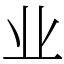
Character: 业